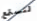
لنستمع